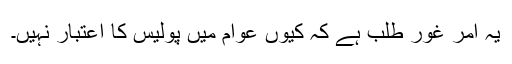
یہ امر غور طلب ہے کہ کیوں عوام میں پولیس کا اعتبار نہیں۔